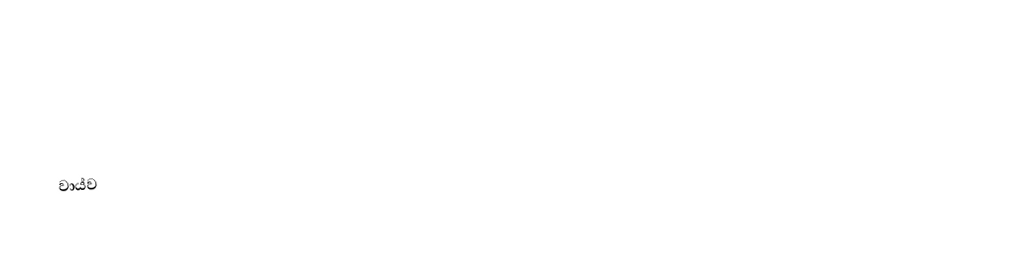

වාය්ව